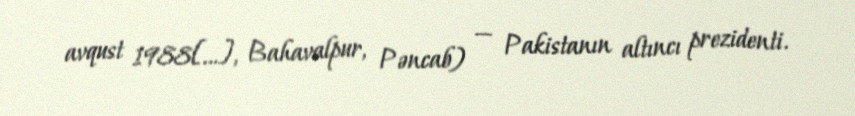
avqust 1988[…], Bahavalpur, Pəncab) — Pakistanın altıncı prezidenti.